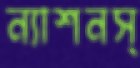
ন্যাশনস্